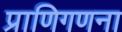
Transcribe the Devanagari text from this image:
प्राणिगणना